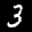
Label: 3